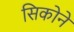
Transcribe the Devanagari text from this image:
सिकोने